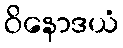
ဝိနောဒယံ